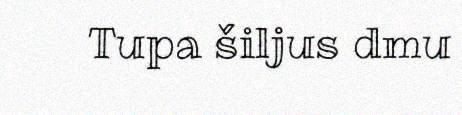
Tupa šiljus dmu